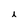
Character: i